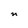
Character: n